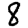
Digit: 8